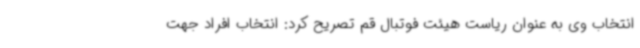
انتخاب وی به عنوان ریاست هیئت فوتبال قم تصریح کرد: انتخاب افراد جهت